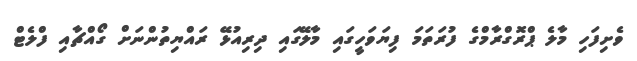
ވެށިފަހި މާލެ ޕްރޮގްރާމްގެ ފުރަތަމަ ފިޔަވަހީގައި މާލޭގައި ދިރިއުޅޭ ރައްޔިތުންނަށް ގޯއްޗާއި ފްލެޓް